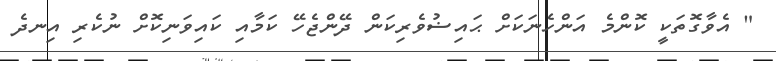
" އެވާގޮތަކީ ކޮންމެ އަންހެނަކަށް ޙައިޟުވެރިކަން ދޭންޖެހޭ ކަމާއި ކައިވަނިކޮށް ނުކެރި އިނދެ